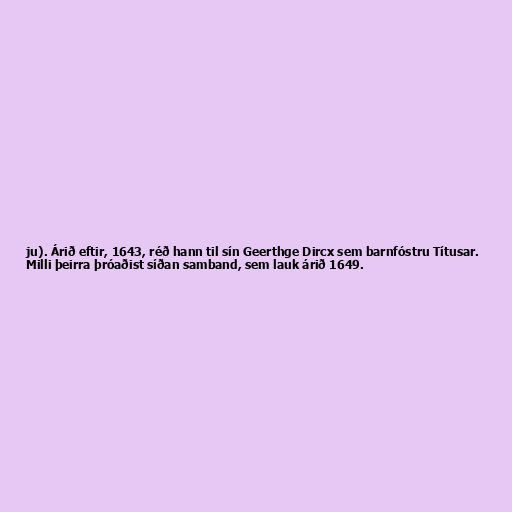
ju). Árið eftir, 1643, réð hann til sín Geerthge Dircx sem barnfóstru Títusar.
Milli þeirra þróaðist síðan samband, sem lauk árið 1649.